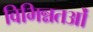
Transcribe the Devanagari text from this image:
विभिन्नतओं